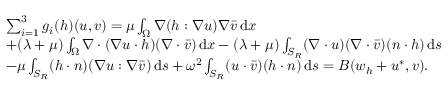
\begin{array} { r l } & { \sum _ { i = 1 } ^ { 3 } g _ { i } ( h ) ( u , v ) = \mu \int _ { \Omega } \nabla ( h : \nabla u ) \nabla \bar { v } \, \mathrm { d } x } \\ & { + ( \lambda + \mu ) \int _ { \Omega } \nabla \cdot ( \nabla u \cdot h ) ( \nabla \cdot \bar { v } ) \, \mathrm { d } x - ( \lambda + \mu ) \int _ { S _ { R } } ( \nabla \cdot u ) ( \nabla \cdot \bar { v } ) ( n \cdot h ) \, \mathrm { d } s } \\ & { - \mu \int _ { S _ { R } } ( h \cdot n ) ( \nabla u : \nabla \bar { v } ) \, \mathrm { d } s + \omega ^ { 2 } \int _ { S _ { R } } ( u \cdot \bar { v } ) ( h \cdot n ) \, \mathrm { d } s = B ( w _ { h } + u ^ { * } , v ) . } \end{array}